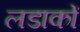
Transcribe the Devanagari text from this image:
लडाकों